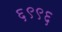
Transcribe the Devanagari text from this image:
६९९६